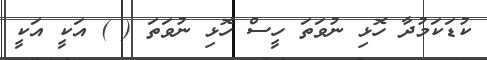
ކުޑަކަމުދާ ހޮޅި ނުވަތަ ހީސް ހޮޅި ނުވަތަ ( ) އަކީ އަކީ